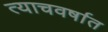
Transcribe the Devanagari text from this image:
त्याचवर्षात